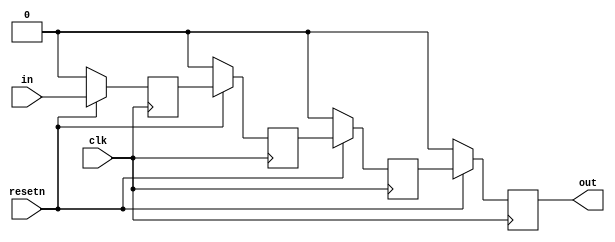
module top_module (
    input clk,
    input resetn,   // synchronous reset
    input in,
    output reg out);

reg d_1;
reg d_2;
reg d_3;

always @(posedge clk)
begin
    if(!resetn)
    begin
        d_1 <= 1'b0;
        d_2 <= 1'b0;
        d_3 <= 1'b0;
        out <= 1'b0;
    end
    else
    begin
        d_1 <= in;
        d_2 <= d_1;
        d_3 <= d_2;
        out <= d_3;
    end
end

endmodule